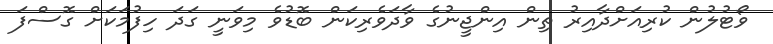
ވޯޓުލުން ކުރިއަށްދާއިރު ތިން އިންޖީނުގެ ވާދަވެރިކަން ބޮޑުވެ މިވަނީ ގަދަ ހިފުމަކަށް ގޮސްފަ